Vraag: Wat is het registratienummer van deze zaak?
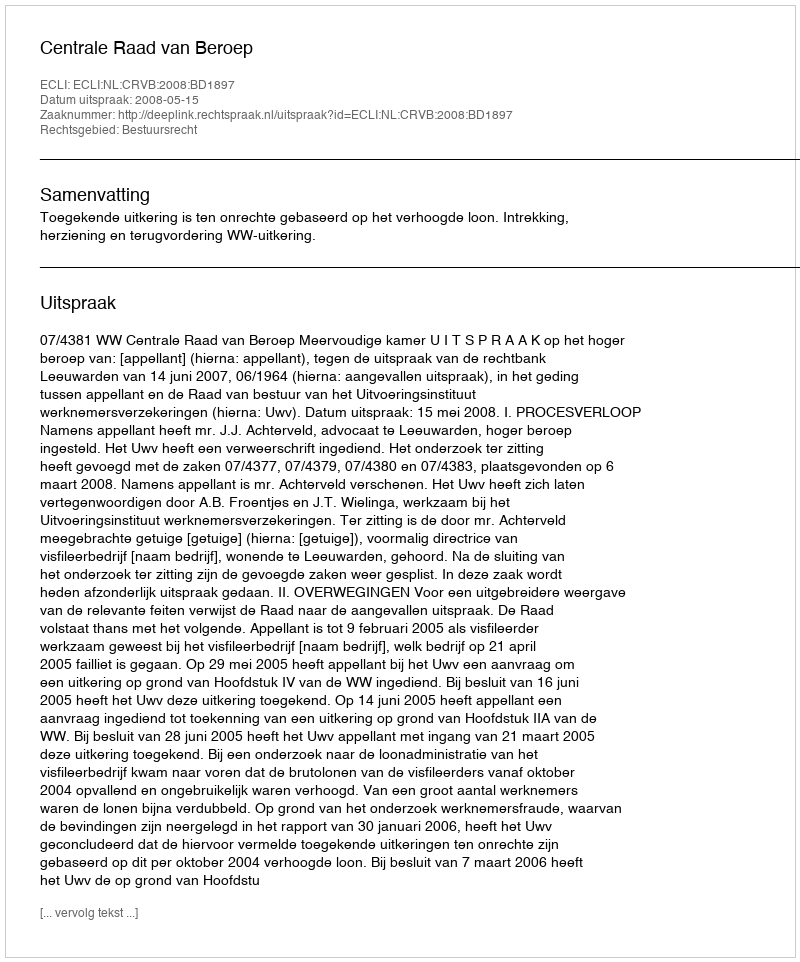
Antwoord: http://deeplink.rechtspraak.nl/uitspraak?id=ECLI:NL:CRVB:2008:BD1897